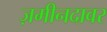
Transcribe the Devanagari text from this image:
ज़मीनदावर